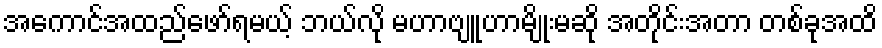
အကောင်အထည်ဖော်ရမယ့် ဘယ်လို မဟာဗျူဟာမျိုးမဆို အတိုင်းအတာ တစ်ခုအထိ